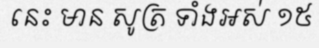
នេះ មាន សូត្រ ទាំងអស់ ១៥